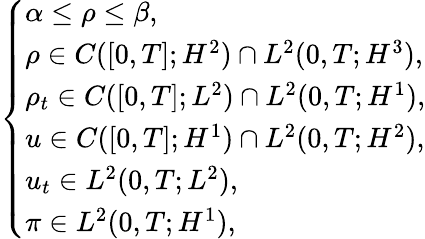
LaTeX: \left\{ \begin{array}{ll}{\alpha\leq\rho\leq\beta,}\\ {\rho\in C([0,T];H^{2})\cap L^{2}(0,T;H^{3}),}\\ {\rho_{t}\in C([0,T];L^{2})\cap L^{2}(0,T;H^{1}),}\\ {u\in C([0,T];H^{1})\cap L^{2}(0,T;H^{2}),}\\ {u_{t}\in L^{2}(0,T;L^{2}),}\\ {\pi\in L^{2}(0,T;H^{1}),}\end{array}\right.